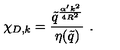
\chi _ { D , k } = \frac { \tilde { q } ^ { \frac { \alpha ^ { \prime } k ^ { 2 } } { 4 R ^ { 2 } } } } { \eta ( \tilde { q } ) } \ .